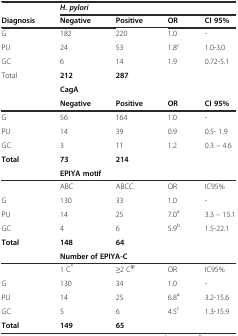
<table><thead><tr><td></td><td colspan="4"><b><i>H. pylori</i></b></td></tr><tr><td><b>Diagnosis</b></td><td><b>Negative</b></td><td><b>Positive</b></td><td><b>OR</b></td><td><b>CI 95%</b></td></tr></thead><tbody><tr><td>G</td><td>182</td><td>220</td><td>1.0</td><td>-</td></tr><tr><td>PU</td><td>24</td><td>53</td><td>1.8<sup>c</sup></td><td>1.0-3.0</td></tr><tr><td>GC</td><td>6</td><td>14</td><td>1.9</td><td>0.72-5.1</td></tr><tr><td>Total</td><td><b>212</b></td><td><b>287</b></td><td></td><td></td></tr><tr><td></td><td colspan="4"><b>CagA</b></td></tr><tr><td></td><td><b>Negative</b></td><td><b>Positive</b></td><td><b>OR</b></td><td><b>CI 95%</b></td></tr><tr><td>G</td><td>56</td><td>164</td><td>1.0</td><td>-</td></tr><tr><td>PU</td><td>14</td><td>39</td><td>0.9</td><td>0.5- 1.9</td></tr><tr><td>GC</td><td>3</td><td>11</td><td>1.2</td><td>0.3 – 4.6</td></tr><tr><td><b>Total</b></td><td><b>73</b></td><td><b>214</b></td><td></td><td></td></tr><tr><td></td><td colspan="4"><b>EPIYA motif</b></td></tr><tr><td></td><td>ABC</td><td>ABCC</td><td>OR</td><td>IC95%</td></tr><tr><td>G</td><td>130</td><td>33</td><td>1.0</td><td>-</td></tr><tr><td>PU</td><td>14</td><td>25</td><td>7.0<sup>a</sup></td><td>3.3 – 15.1</td></tr><tr><td>GC</td><td>4</td><td>6</td><td>5.9<sup>b</sup></td><td>1.5-22.1</td></tr><tr><td><b>Total</b></td><td><b>148</b></td><td><b>64</b></td><td></td><td></td></tr><tr><td></td><td colspan="4"><b>Number of EPIYA-C</b></td></tr><tr><td></td><td>1 C<sup>*</sup></td><td>≥2 C<sup>φ</sup></td><td>OR</td><td>IC95%</td></tr><tr><td>G</td><td>130</td><td>34</td><td>1.0</td><td>-</td></tr><tr><td>PU</td><td>14</td><td>25</td><td>6.8<sup>a</sup></td><td>3.2-15.6</td></tr><tr><td>GC</td><td>5</td><td>6</td><td>4.5<sup>c</sup></td><td>1.3-15.9</td></tr><tr><td><b>Total</b></td><td><b>149</b></td><td><b>65</b></td><td></td><td></td></tr></tbody></table>